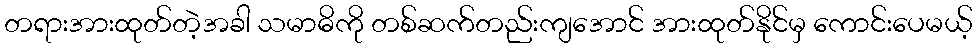
တရားအားထုတ်တဲ့အခါ သမာဓိကို တစ်ဆက်တည်းကျအောင် အားထုတ်နိုင်မှ ကောင်းပေမယ့်